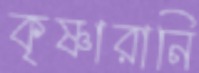
কৃষ্ণারানি